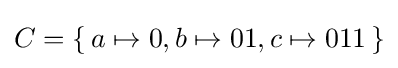
C=\{\,a\mapsto 0,b\mapsto 01,c\mapsto 011\,\}